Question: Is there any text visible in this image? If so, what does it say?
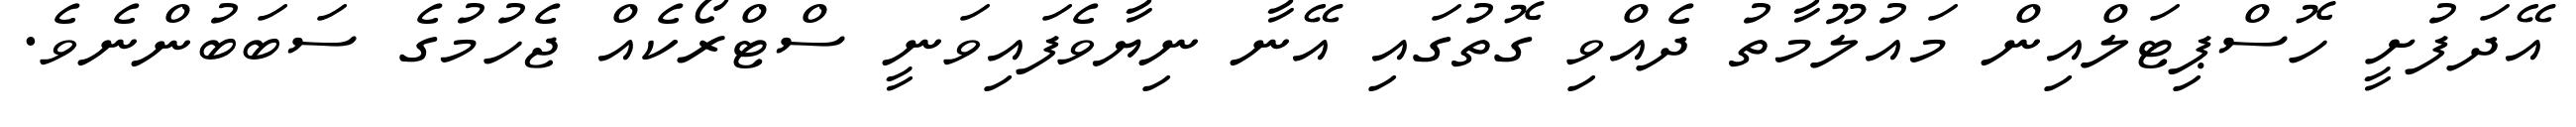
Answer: އޭދަފުށީ ހޮސްޕިޓަލްއިން މައުލޫމާތު ދެއްވި ގޮތުގައި އޭނާ ނިޔާވެފައިވަނީ ސްޓްރޯކެއް ޖެހުމުގެ ސަބަބުންނެވެ.